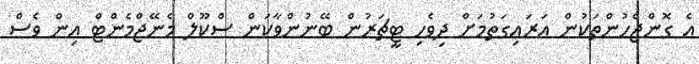
އެ ގޮންޖެހުންތަކުން އަރައިގަތުމަށް ދިވެހި ޓީޗަރުން ބޭނުންވާކަން ސްކޫލް މެނޭޖްމެންޓް އިން ވެސް